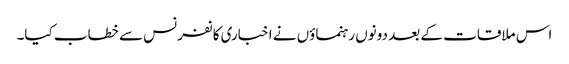
اس ملاقات کے بعد دونوں رہنماؤں نے اخباری کانفرنس سے خطاب کیا۔